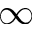
\infty